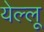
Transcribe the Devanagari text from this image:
येल्लू